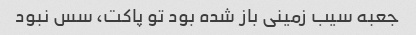
جعبه سیب زمینی باز شده بود تو پاکت، سس نبود